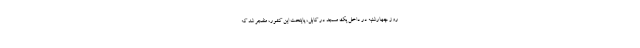
روز چهارشنبه در داخل یک مسجد در کابل، پایتخت این کشور، منفجر شد که